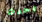
يحدث